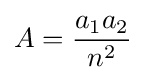
A={\frac {a_{1}a_{2}}{n^{2}}}